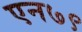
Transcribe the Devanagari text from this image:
एन७९